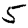
Digit: 5